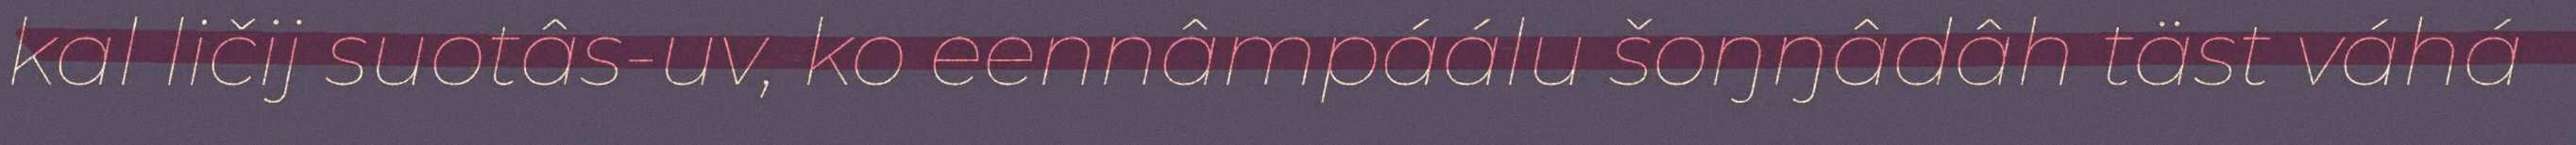
kal ličij suotâs-uv, ko eennâmpáálu šoŋŋâdâh täst váhá